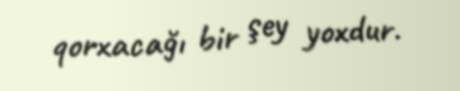
qorxacağı bir şey yoxdur.